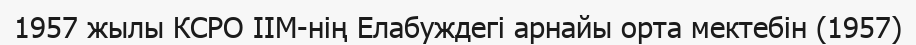
1957 жылы КСРО ІІМ-нің Елабуждегі арнайы орта мектебін (1957)